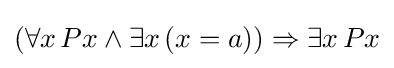
(\forall x\,Px\land \exists x\,(x=a))\Rightarrow \exists x\,Px